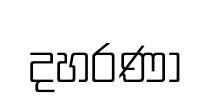
දහරණා